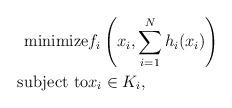
LaTeX: \begin{align*}\mbox{minimize} & f_i\left(x_i,\sum_{i=1}^N h_i(x_i)\right) \cr\mbox{subject to} & x_i \in K_i,\end{align*}